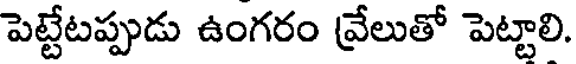
పెట్టేటప్పుడు ఉంగరం వ్రేలుతో పెట్టాలి.